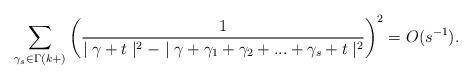
LaTeX: \begin{align*}\sum_{\gamma_{s}\in\Gamma(k+)}\left( \frac{1}{\mid\gamma+t\mid^{2}-\mid\gamma+\gamma_{1}+\gamma_{2}+...+\gamma_{s}+t\mid^{2}}\right) ^{2}=O(s^{-1}).\end{align*}